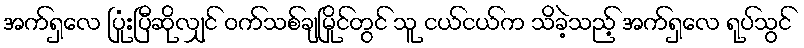
အက်ရှလေ ပြုံးပြီဆိုလျှင် ဝက်သစ်ချမြိုင်တွင် သူ ငယ်ငယ်က သိခဲ့သည့် အက်ရှလေ ရုပ်သွင်